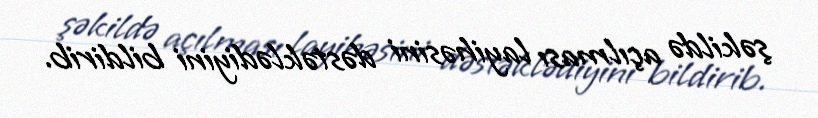
şəkildə açılması layihəsini dəstəklədiyini bildirib.